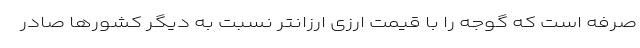
صرفه است که گوجه را با قیمت ارزی ارزانتر نسبت به دیگر کشورها صادر